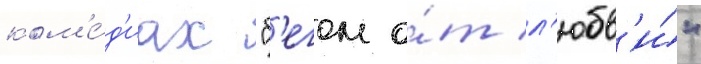
ком'е́д'иах "б'егом о́т л'юбв'и́"